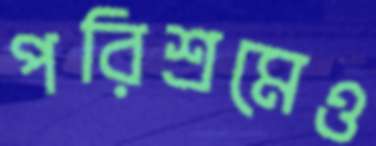
পরিশ্রমেও